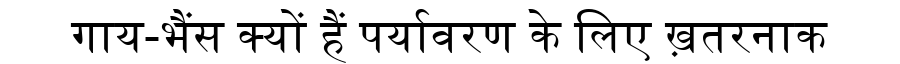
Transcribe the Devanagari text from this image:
गाय-भैंस क्यों हैं पर्यावरण के लिए ख़तरनाक